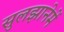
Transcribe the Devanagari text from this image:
सुलझानेमें